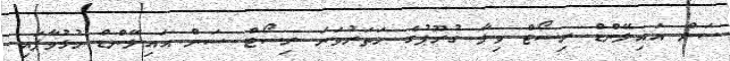
ސަން އައިލޭންޑް ރިސޯޓް ވިލާ ގުރޫޕުގެ ހަތަރުވަނަ ރިސޯޓް ސަން އައިލޭންޑް ހުޅުވާފައި